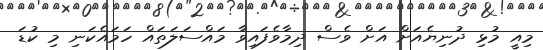
މިއީ މުޅި ދުނިޔެއަށް އަށް ވެސް ދިމާވެފައިވާ މައްސަލަތައް ހަމައެކަނި މި ކުޑަ